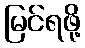
မြင်ရဖို့